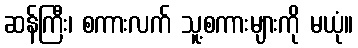
ဆန်ကြီး၊ စကားလက် သူ့စကားများကို မယုံ။